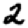
Digit: 2